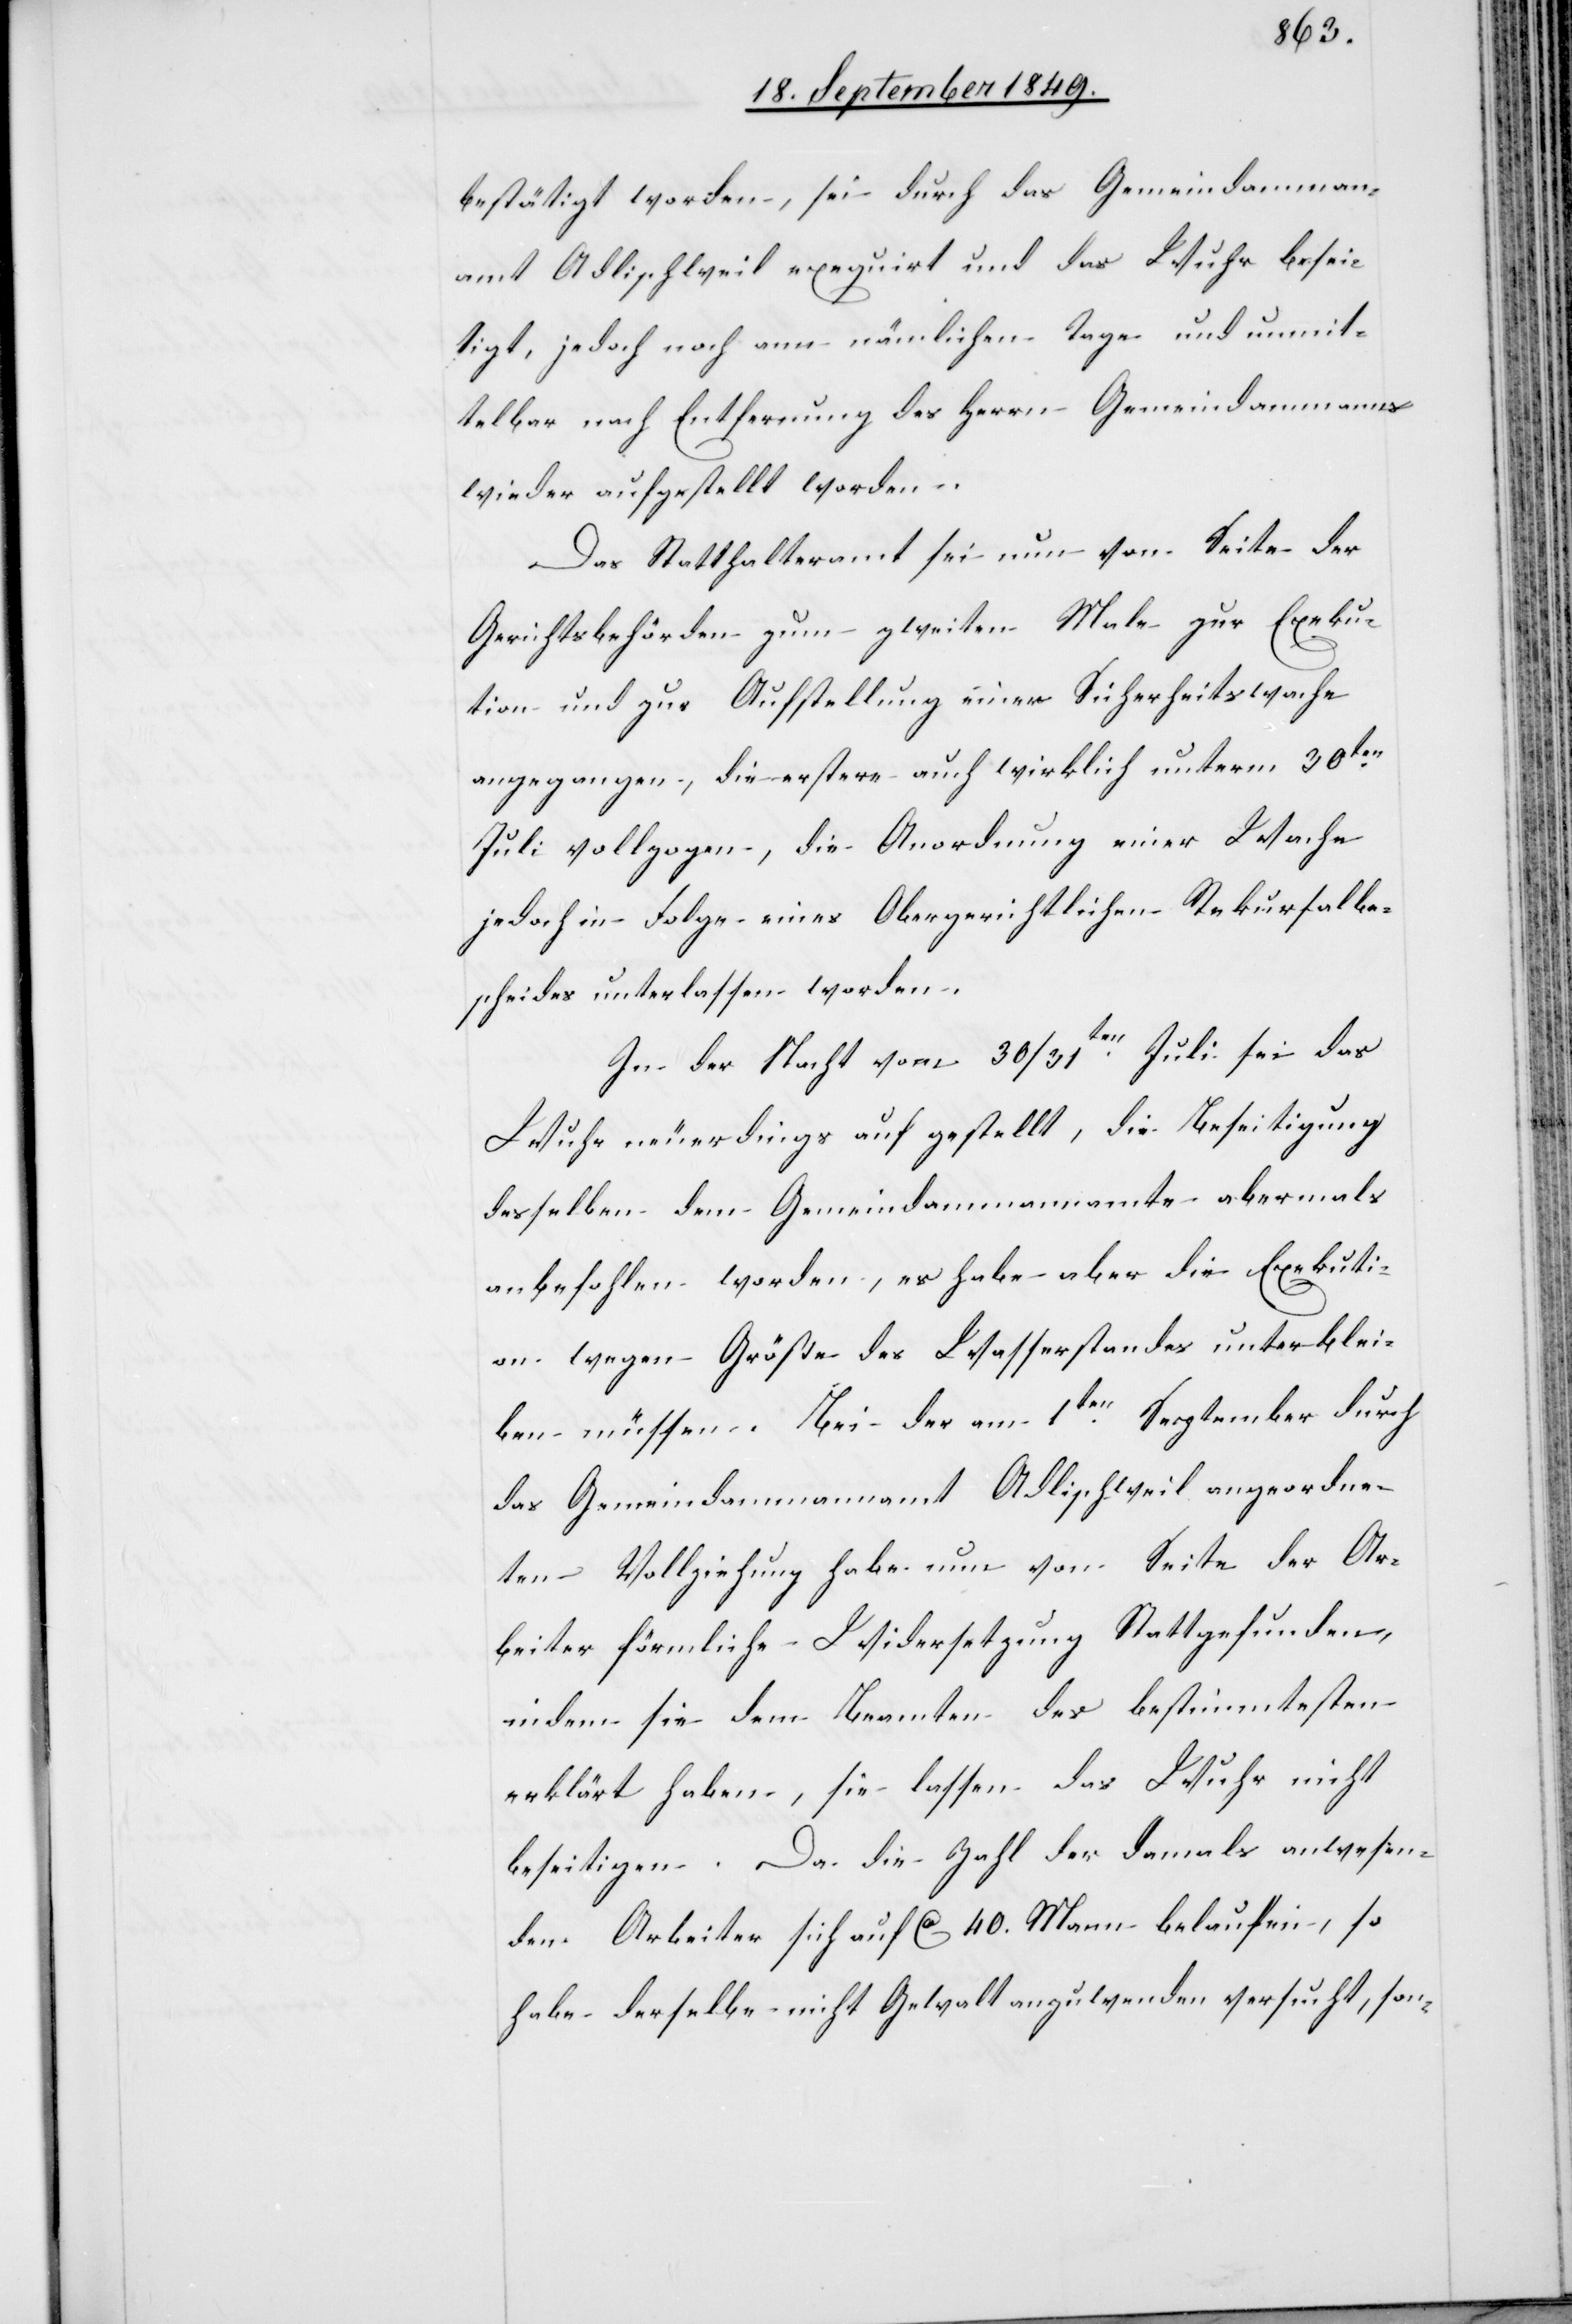
bestätigt worden, sei durch das Gemeindammann¬
amt Adlischweil exequirt und das Wuhr besei¬
tigt, jedoch noch ann [sic!] nämlichen Tage und unmit¬
telbar nach Entfernung des Herrn Gemeindammanns
wieder aufgestellt worden.
Das Statthalteramt sei nun von Seite der
Gerichtsbehörden zum zweiten Male zur Exeku¬
tion und zur Aufstellung einer Sicherheitswache
angegangen, die erstere auch wirklich unterm 30ten
Juli vollzogen, die Anordnung einer Wache
jedoch in Folge eines Obergerichtlichen Rekursalbe¬
scheides unterlassen worden.
In der Nacht vom 30/31ten Juli sei das
Wuhr neuerdings auf gestellt [sic!], die Beseitigung
desselben dem Gemeindammannamte abermals
anbefohlen worden, es habe aber die Exekuti¬
on wegen Größe des Wasserstandes unterblei¬
ben müssen. Bei der am 1ten September durch
das Gemeindammannamt Adlischweil angeordne¬
ten Vollziehung habe nun von Seite der Ar¬
beiter förmliche Widersetzung Stattgefunden
indem sie dem Beamten des bestimmtesten
erklärt haben, sie lassen das Wuhr nicht
beseitigen. Da die Zahl der damals anwesen¬
den Arbeiter sich auf ca 40. Mann belaufen, so
habe derselbe nicht Gewalt anzuwenden versucht, son-